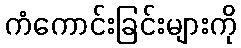
ကံကောင်းခြင်းများကို